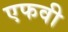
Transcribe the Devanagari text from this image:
एफवी